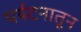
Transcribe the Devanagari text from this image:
पर्यटनातून